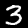
Label: 3